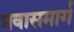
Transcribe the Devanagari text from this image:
प्रवासमार्ग